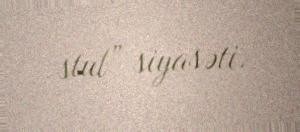
stul” siyasəti.